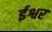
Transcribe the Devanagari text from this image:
र्इश्वर